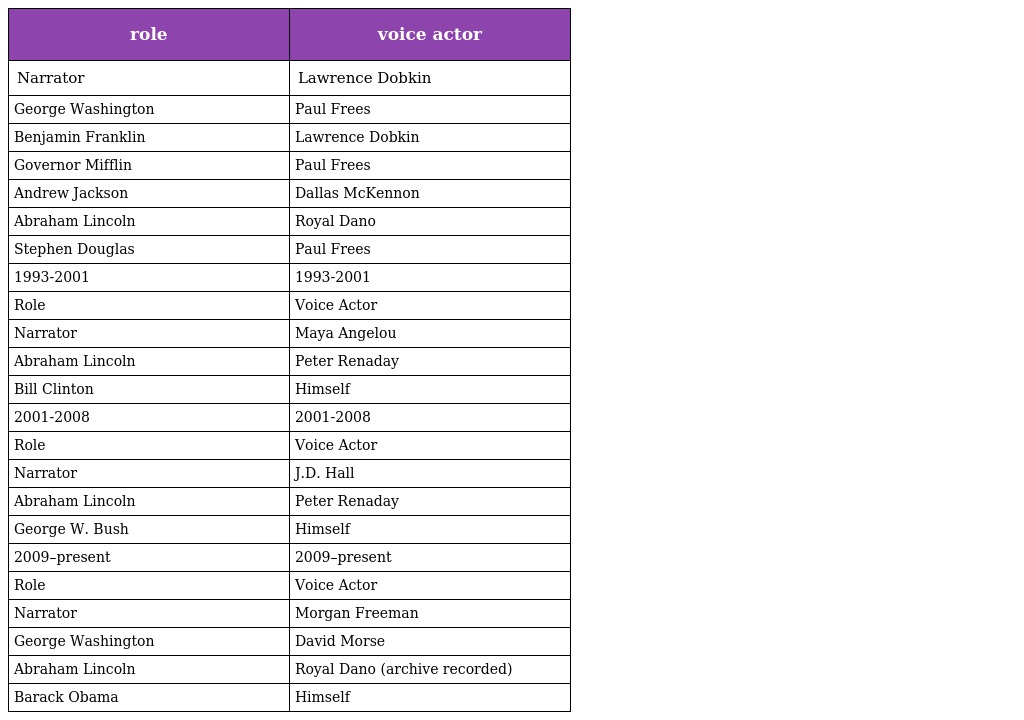
| role | voice actor |
 | --- | --- |
 | Narrator | Lawrence Dobkin |
 | George Washington | Paul Frees |
 | Benjamin Franklin | Lawrence Dobkin |
 | Governor Mifflin | Paul Frees |
 | Andrew Jackson | Dallas McKennon |
 | Abraham Lincoln | Royal Dano |
 | Stephen Douglas | Paul Frees |
 | 1993-2001 | 1993-2001 |
 | Role | Voice Actor |
 | Narrator | Maya Angelou |
 | Abraham Lincoln | Peter Renaday |
 | Bill Clinton | Himself |
 | 2001-2008 | 2001-2008 |
 | Role | Voice Actor |
 | Narrator | J.D. Hall |
 | Abraham Lincoln | Peter Renaday |
 | George W. Bush | Himself |
 | 2009–present | 2009–present |
 | Role | Voice Actor |
 | Narrator | Morgan Freeman |
 | George Washington | David Morse |
 | Abraham Lincoln | Royal Dano (archive recorded) |
 | Barack Obama | Himself |